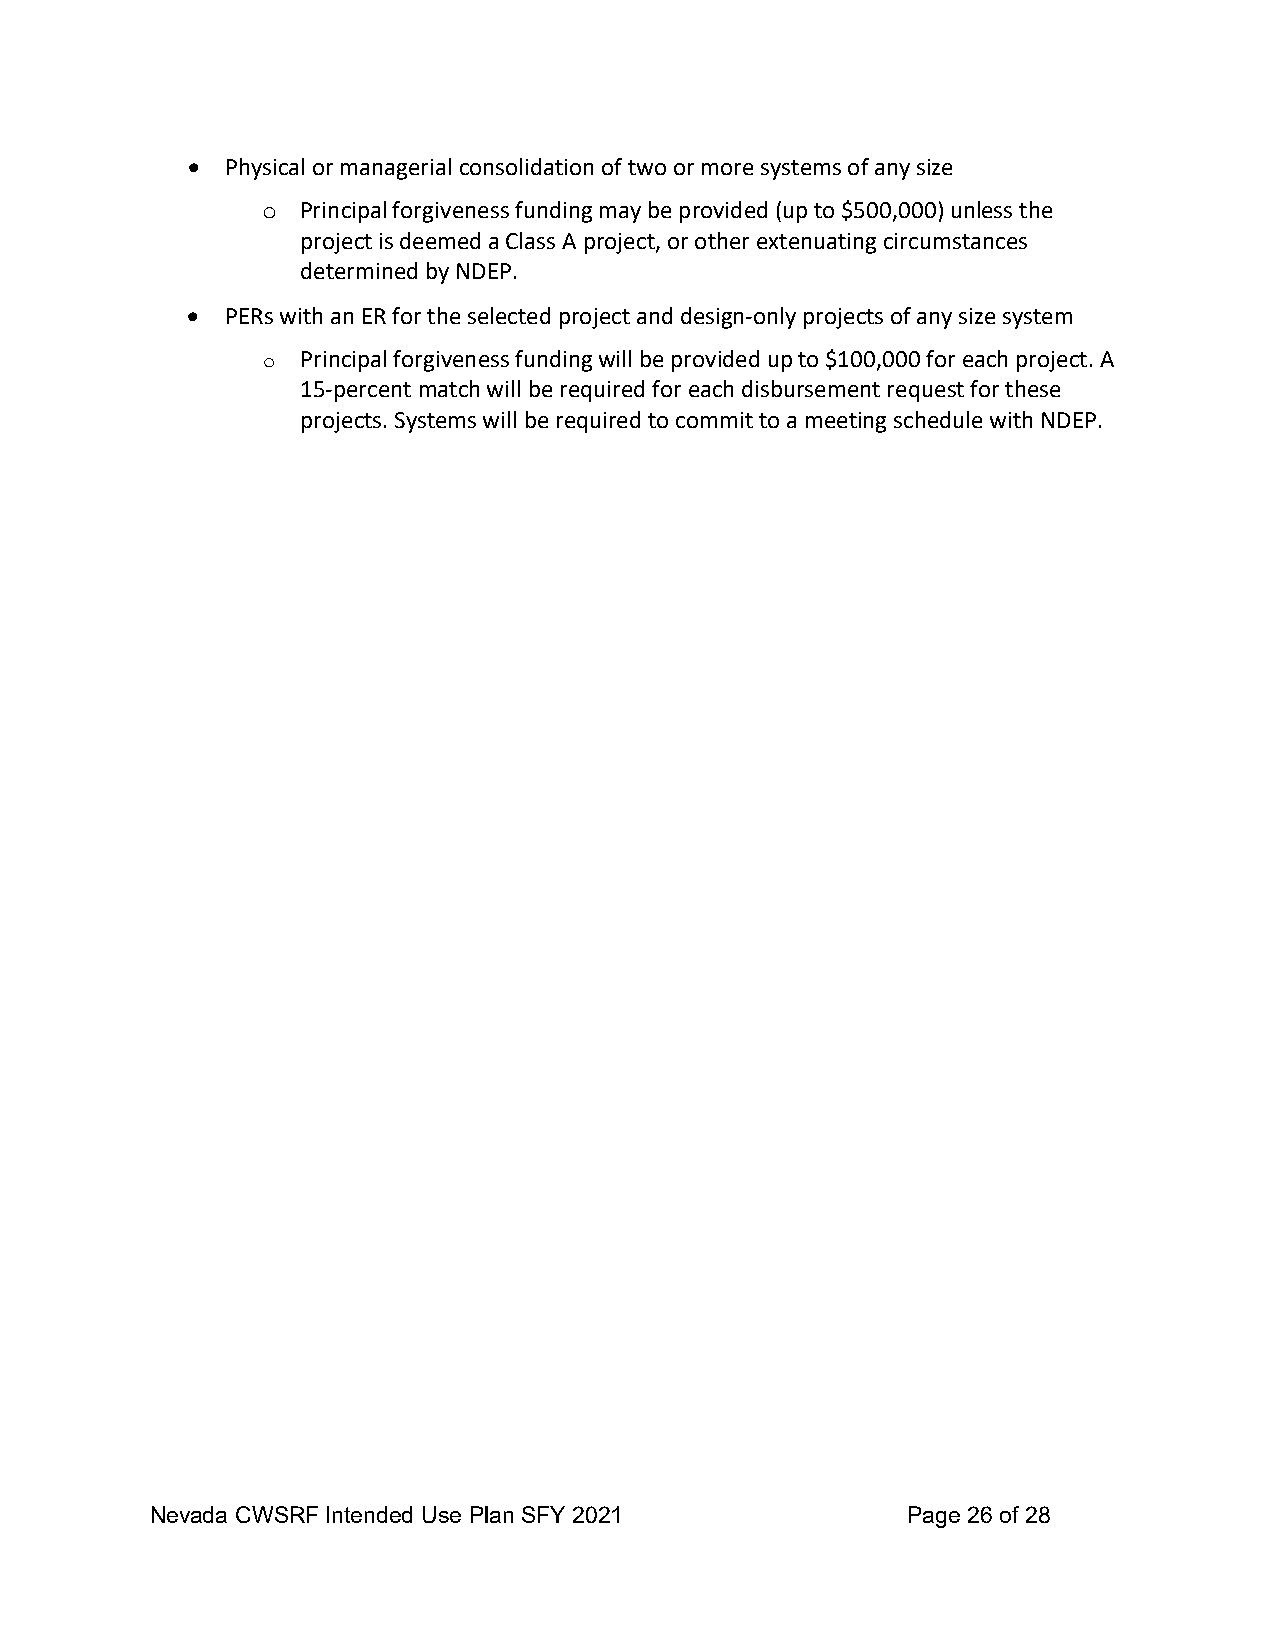
•  Physical or managerial consolidation of two or more systems of any size
 Principal forgiveness funding may be provided (up to $500,000) unless the
 o
 project is deemed a Class A project, or other extenuating circumstances
 determined by NDEP.
 •  PERs with an ER for the selected project and design-only projects of any size system
 Principal forgiveness funding will be provided up to $100,000 for each project. A
 o
 15-percent match will be required for each disbursement request for these
 projects. Systems will be required to commit to a meeting schedule with NDEP.
 Nevada CWSRF Intended Use Plan SFY 2021           Page 26 of 28